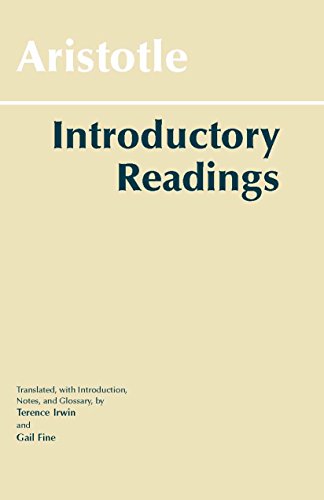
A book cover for Aristotle: Introductory Readings (Hackett Classics); Aristotle; Politics & Social Sciences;